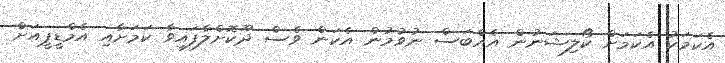
އެކަމަކު އެކަމަށް ކޯލިޝަނުން އެއްބަސް ނުވުމުން އެކަން ވެސް ދޫކޮށްލާފައިވާ ކަމަށާއި އެމްޑީޕީއަށް